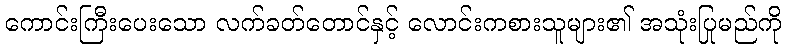
ကောင်းကြီးပေးသော လက်ခတ်တောင်နှင့် လောင်းကစားသူများ၏ အသုံးပြုမည်ကို